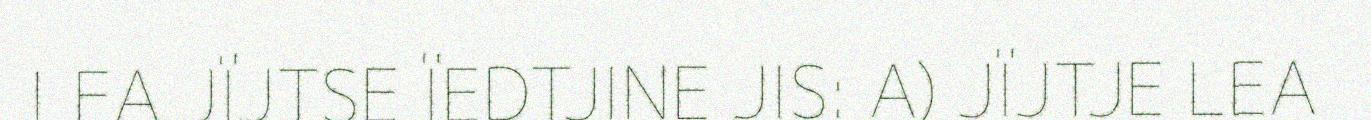
LEA JÏJTSE ÏEDTJINE JIS: A) JÏJTJE LEA